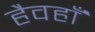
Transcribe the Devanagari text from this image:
हैवहाँ